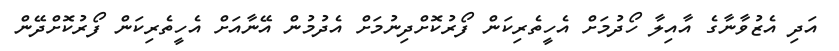
އަދި އެޒުވާނާގެ އާއިލާ ހޯދުމަށް އެހީތެރިކަން ފޯރުކޮށްދިނުމަށް އެދުމުން އޭނާއަށް އެހީތެރިކަން ފޯރުކޮށްދޭން